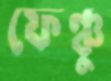
ফেঞ্চু